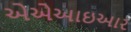
એએઆઇઆર